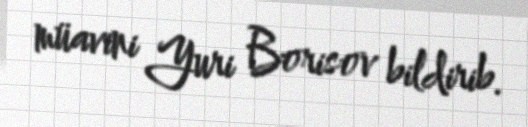
müavini Yuri Borisov bildirib.